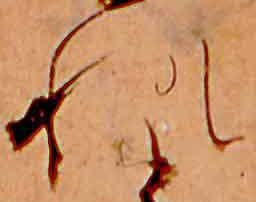
れ